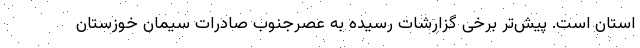
استان است. پیش‌تر‌ برخی گزارشات رسیده به عصرجنوب صادرات سیمان خوزستان